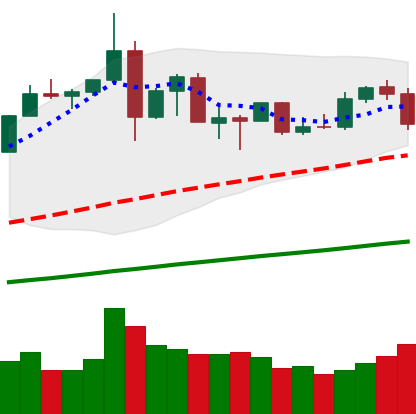
Ticker: ETH-USD
Chart end date: 2019-07-10
Forward return: -20.767%
Label: down_7plus